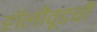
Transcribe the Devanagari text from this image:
हॉलीवूडची